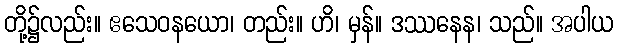
တို့၌လည်း။ ဧသေဝနယော၊ တည်း။ ဟိ၊ မှန်။ ဒဿနေန၊ သည်။ အပါယ